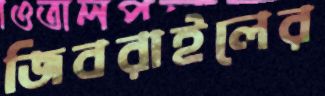
জিবরাইলের